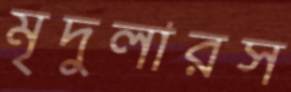
মৃদুলারস